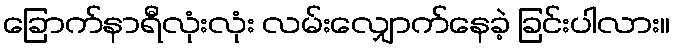
ခြောက်နာရီလုံးလုံး လမ်းလျှောက်နေခဲ့ ခြင်းပါလား။